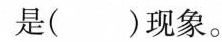
是( )现象。